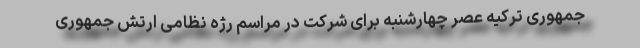
جمهوری ترکیه عصر چهارشنبه برای شرکت در مراسم رژه نظامی ارتش جمهوری